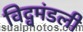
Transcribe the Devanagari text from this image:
विद्वमंडली